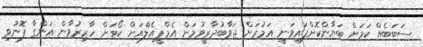
ސަބަބެއް ކަމަށް ބަޔާންކޮށްފައިވަނީ އަމުރަށް ޖަވާބުދާރީވުމަށް އެމްޕީއެލްއަށް ކޯޓަށް ހާޒިރުވާން އަންގާ ފޮނުވި